[Report on the health of British troops in the Madras command]
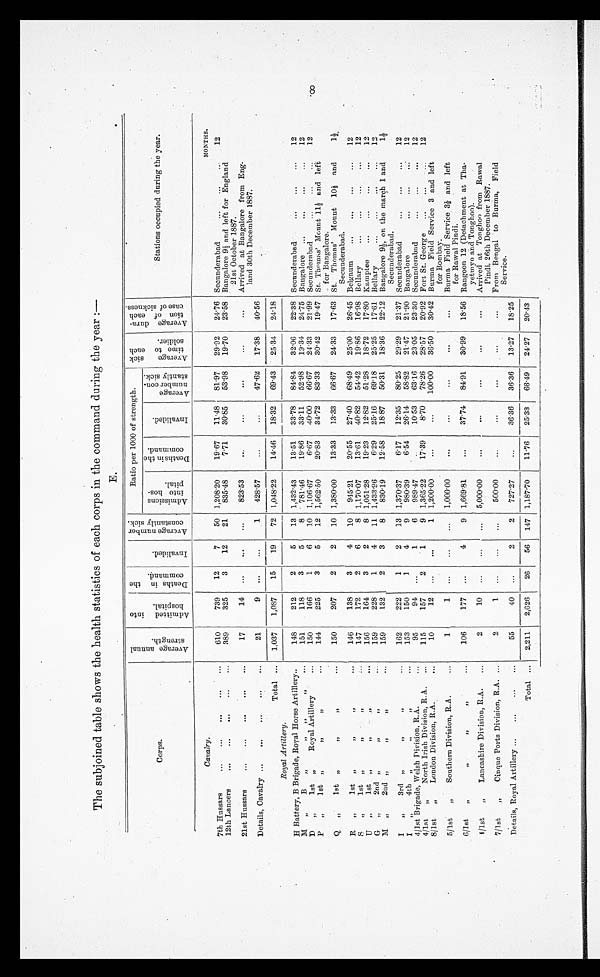
The subjoined table shows the health statistics of each corps in the command during the year :—
E.
Corps.
A v e r a g e a n n u a l s t r e n g t h .
A d m i t t e d i n t o h o s p i t a l .
D e a t h s i n t h e c o m m a n d .
I n v a l i d e d .
A v e r a g e n u m b e r c o n s t a n t l y s i c k .
Ratio per 1000 of strength.
A v e r a g e s i c k t i m e t o e a c h s o l d i e r .
Av e r a g e d u r a t i o n o f e a c h c a s e o f s i c k n e s s .
Stations occupied during the year.
A d m i s s i o n s i n t o h o s p i t a l .
D e a t h s i n t h e c o m m a n d . .
I n v a l i d e d .
A v e r a g e n u m b e r c o n s t a n t l y s i c k .
Cavalry.
MONTHS.
7th Hussars
. . .
. . .
. . .
. . .
. . .
610
739
12
7
50 1,208.20
19.67
11.48
81 . 97
29.92
24.76 Secunderabad
. . .
...
...
12
12th Lancers
...
...
...
. . .
. . .
389
325
3
12
21
835.48
7.71
30.85
53.98
19.70
23.58 Bangalore 91/2 and left for England
21st October 1887.
21st Hussars
. . .
. . .
. . .
. . .
. . .
17
1 4
. . .
. . .
. . .
823.53
...
. . .
. . .
...
...
Arrived at Bangalore from Eng-
land 30th December 1887.
Details, Cavalry
. . .
...
...
...
...
21
9
. . .
. . .
1
428.57
...
...
47.62
17.38
40.56
Total ...
1,037
1,087
15
19
72 1,048 . 22
14.46
18.32
69.43
25.34
24.18
Royal Artillery.
H Battery, B Brigade, Royal Horse Artillery..
148
212
2
5
13 1,432 . 43
13.51
33.78
84.84
32.06
22.38 Secunderabad
. . .
. . .
...
12
M , , B
, ,
, ,
, ,
, ,
. . .
151
118
3
5
8
781 . 46
19.86
33.11
52.98
19.34
24.75 Bangalore
. . .
. . .
. . .
...
12
D
, ,
1st „
Royal Artillery
...
150
166
1
6
10 1,106.67
6.67
40.00
66.67
24.33
21.99 Secunderabad
...
...
...
12
P
„
, ,
1st „
, ,
, ,
...
144
225
3
5
12 1,562.50
20.83
34.72
83 . 33
30.42
19.47 St. 'Thomas' Mount 11 1/2 and left
for Bangalore.
Q
„
1st
, ,
, ,
, ,
...
150
207
2
2
10 1,380.00
13.33
13.33
66.67
24.33
17.63 St. Thomas' Mount 10 1/2 and
Secunderabad.
1 1 / 2 .
_
R
„
1st „
, ,
, ,
...
146
138
3
4
10
945.21
20.55
27.40
68.49
25.00
26.45 Belgaum
. . .
...
...
...
12
S
, ,
1st
, ,
, ,
, ,
. . .
147
172
2
6
8 1,170 . 07
13.61
40.82
54.42
19.86
16.98 Bellary
. . .
. . .
. . .
. . .
12
U
,,
1st
, ,
, ,
, ,
. . .
156
164
3
2
8 1,051.28
19.23
12.82
51.28
18.72
17.80 Kamptee
. . .
. . .
. . .
. . .
12
G
, ,
2nd „
, ,
, ,
...
159
228
1
4
11 1,433.96
6.29
25 . 16
69.18
25.25
17.61 Bellary
. . .
...
...
...
1 2
M
„
, ,
2nd „
, ,
, ,
...
159
132
2
3
8
830.19
12.58
18.87
50.31
18.36
22.12 Bangalore 91/2, on the march 1 and
Secunderabad.
1 1 / 2 .
I
, ,
3rd
, ,
„
,,
...
162
222
1
2
13 1,370.37
6.17
12.35
80.25
29.29
21.37 Secunderabad
. . .
. . .
. . .
12
I
„
4th
„
, ,
, ,
...
153
150
1
4
9
980.39
6.54
26.14
58.82
21.47
21.90 Bangalore
. . .
...
. . .
12
4/1st Brigade, Welsh Division. R.A.
...
95
94
. . .
1
6
989.47
10.53
63.16
23.05
23.30 Secunderabad
...
...
...
12
4/1st
, , N o r t h I r i s h D i v i s i o n , R . A .
...
115
157
2
1
9 1,365 . 22
17.39
8.70
78.26
28.57
20.92 Fort St. George
. . .
. . .
...
12
8/1st
„
London Division, R.A.
...
10
12
. . .
. . .
1 1,200.00
...
...
100.00
36.50
30.42 Burma Field Service 3 and left
for Bombay.
5/1st
„
Southern Division, R.A.
...
1
1
...
...
...
1,000.00
. . .
. . .
...
. . .
...
Burma Field Service 3 1/2 and left
for Rawal Pindi.
6/1st
„
, ,
, ,
, ,
...
106
177
...
4
9 1,669.81
. . .
37.74
84.91
30.99
18.56 Rangoon 12 (Detachment at Tha-
yetmyo and Tonghoo).
4/1st
„
Lancashire Division, R.A.
...
2
10
...
...
. . .
5,000. 00
...
. . .
...
...
...
Arrived at Tonghoo from Rawal
Pindi, 26th December 1887.
7/1st
„
Cinque Ports Division, R.A. ...
2
1
...
...
...
500.00
...
...
...
...
...
From Bengal to Burma, Field
Service.
Details, Royal Artillery ...
...
...
. . .
55
40
...
2
2
727.27
...
36.36
36 . 36
13.27
18.25
Total ...
2,211
2,626
26
56
147 1,187.70
11.76
25.33
66.49
24.27
20.43
8